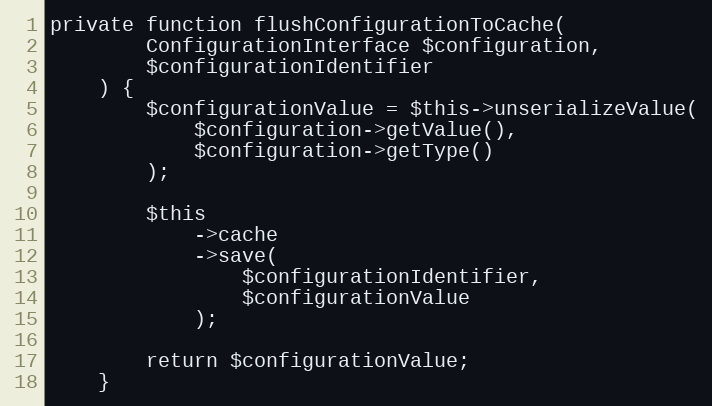
Language: PHP
private function flushConfigurationToCache(
        ConfigurationInterface $configuration,
        $configurationIdentifier
    ) {
        $configurationValue = $this->unserializeValue(
            $configuration->getValue(),
            $configuration->getType()
        );

        $this
            ->cache
            ->save(
                $configurationIdentifier,
                $configurationValue
            );

        return $configurationValue;
    }